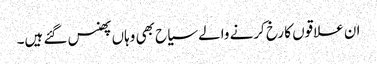
ان علاقوں کا رخ کرنے والے سیاح بھی وہاں پھنس گئے ہیں۔